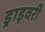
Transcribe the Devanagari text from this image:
ड्राइवरी